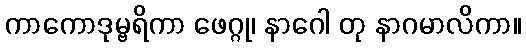
ကာကောဒုမ္ဗရိကာ ဖေဂ္ဂု၊ နာဂေါ တု နာဂမာလိကာ။